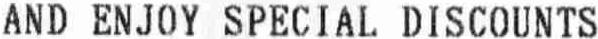
AND ENJOY SPECIAL DISCOUNTS